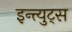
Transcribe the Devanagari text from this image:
इन्त्युट्स